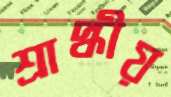
শ্রাদ্ধীয়